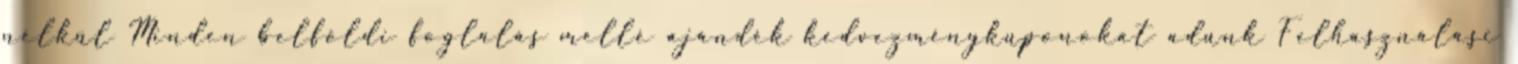
nélkül Minden belföldi foglalás mellé ajándék kedvezménykuponokat adunk Felhasználási